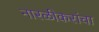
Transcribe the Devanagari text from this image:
नारळीकरांचा